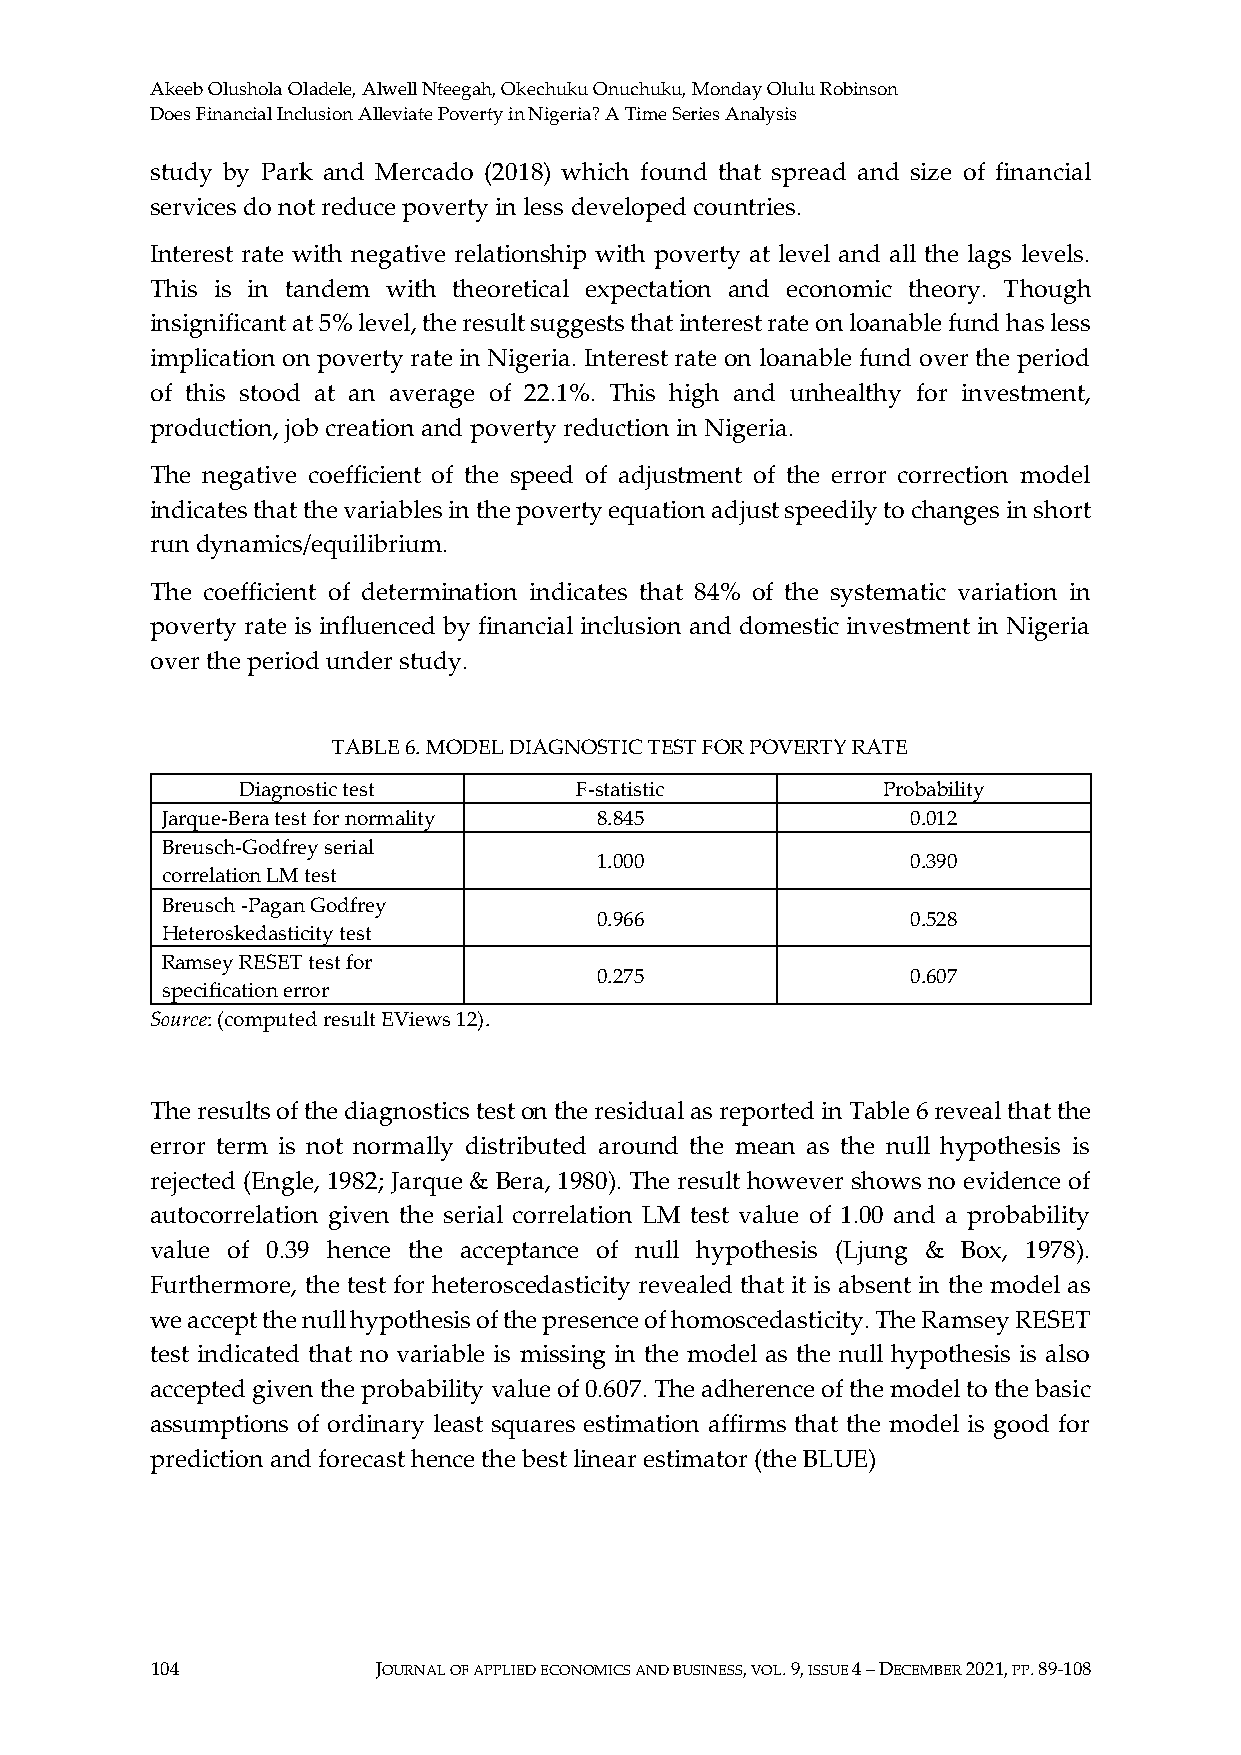
Akeeb Olushola Oladele, Alwell Nteegah, Okechuku Onuchuku, Monday Olulu Robinson
 Does Financial Inclusion Alleviate Poverty in Nigeria? A Time Series Analysis
 study by Park and Mercado (2018) which found that spread and size of financial
 services do not reduce poverty in less developed countries.
 Interest rate with negative relationship with poverty at level and all the lags levels.
 This is in tandem with theoretical expectation and economic theory. Though
 insignificant at 5% level, the result suggests that interest rate on loanable fund has less
 implication on poverty rate in Nigeria. Interest rate on loanable fund over the period
 of this stood at an average of 22.1%. This high and unhealthy for investment,
 production, job creation and poverty reduction in Nigeria.
 The negative coefficient of the speed of adjustment of the error correction model
 indicates that the variables in the poverty equation adjust speedily to changes in short
 run dynamics/equilibrium.
 The coefficient of determination indicates that 84% of the systematic variation in
 poverty rate is influenced by financial inclusion and domestic investment in Nigeria
 over the period under study.
 TABLE 6. MODEL DIAGNOSTIC TEST FOR POVERTY RATE
 Diagnostic test       F-statistic         Probability
 Jarque-Bera test for normality 8.845             0.012
 Breusch-Godfrey serial
 1.000                0.390
 correlation LM test
 Breusch -Pagan Godfrey
 0.966                0.528
 Heteroskedasticity test
 Ramsey RESET test for
 0.275                0.607
 specification error
 Source: (computed result EViews 12).
 The results of the diagnostics test on the residual as reported in Table 6 reveal that the
 error term is not normally distributed around the mean as the null hypothesis is
 rejected (Engle, 1982; Jarque & Bera, 1980). The result however shows no evidence of
 autocorrelation given the serial correlation LM test value of 1.00 and a probability
 value of 0.39 hence the acceptance of null hypothesis (Ljung & Box, 1978).
 Furthermore, the test for heteroscedasticity revealed that it is absent in the model as
 we accept the null hypothesis of the presence of homoscedasticity. The Ramsey RESET
 test indicated that no variable is missing in the model as the null hypothesis is also
 accepted given the probability value of 0.607. The adherence of the model to the basic
 assumptions of ordinary least squares estimation affirms that the model is good for
 prediction and forecast hence the best linear estimator (the BLUE)
 104            JOURNAL OF APPLIED ECONOMICS AND BUSINESS, VOL. 9, ISSUE 4 – DECEMBER 2021, PP. 89-108